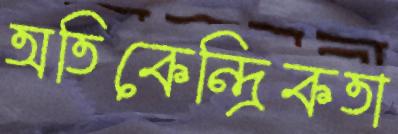
অতিকেন্দ্রিকতা